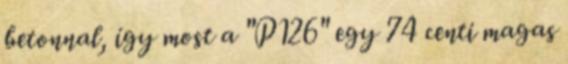
betonnal, így most a "P126" egy 74 centi magas